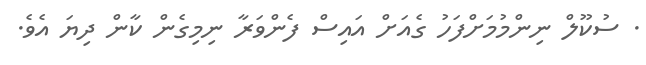
. ސުކޫލް ނިންމުމަށްފަހު ގެއަށް އައިސް ފެންވަރާ ނިމިގެން ކާން ދިޔަ އެވެ.